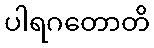
ပါရဂတောတိ